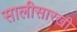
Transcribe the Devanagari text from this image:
सालीसारखी